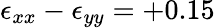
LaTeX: \epsilon_{xx}-\epsilon_{yy}=+0.15\